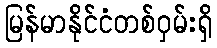
မြန်မာနိုင်ငံတစ်ဝှမ်းရှိ